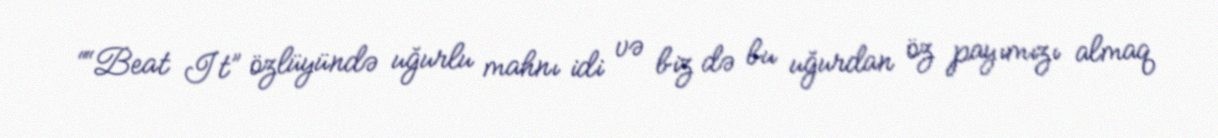
““Beat It” özlüyündə uğurlu mahnı idi və biz də bu uğurdan öz payımızı almaq